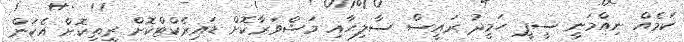
ކަމެއް ނިއްމަނީ ސީޕީ ހަމީދު ރައީސް ސާލިޙާއި މަޝްވަރާކޮށް ޑައިރެކްޓްކޮށް ރީތިކޮށް އެކަން